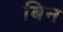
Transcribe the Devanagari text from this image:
बिन